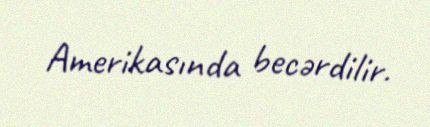
Amerikasında becərdilir.